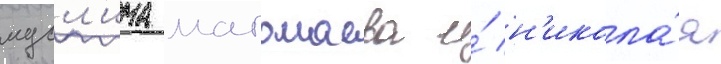
мусл'има магомаева и́ н'икола́я